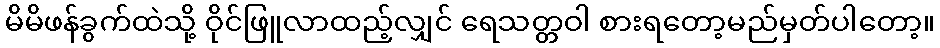
မိမိဖန်ခွက်ထဲသို့ ဝိုင်ဖြူလာထည့်လျှင် ရေသတ္တဝါ စားရတော့မည်မှတ်ပါတော့။